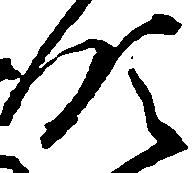
領